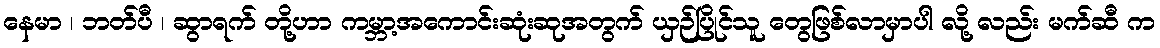
နေမာ ၊ ဘတ်ပီ ၊ ဆွာရက် တို့ဟာ ကမ္ဘာ့အကောင်းဆုံးဆုအတွက် ယှဉ်ပြိုင်သူ တွေဖြစ်လာမှာပါ လို့ လည်း မက်ဆီ က